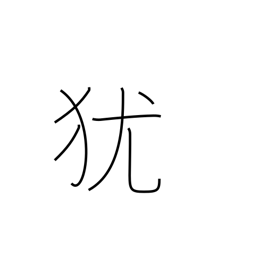
Meaning: condition